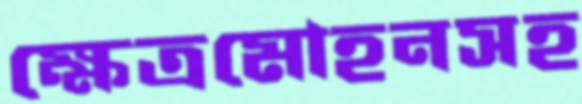
ক্ষেত্রমোহনসহ